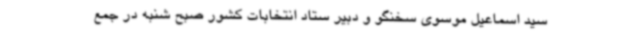
سید اسماعیل موسوی سخنگو و دبیر ستاد انتخابات کشور صبح شنبه در جمع